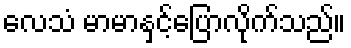
လေသံ မာမာနှင့်ပြောလိုက်သည်။